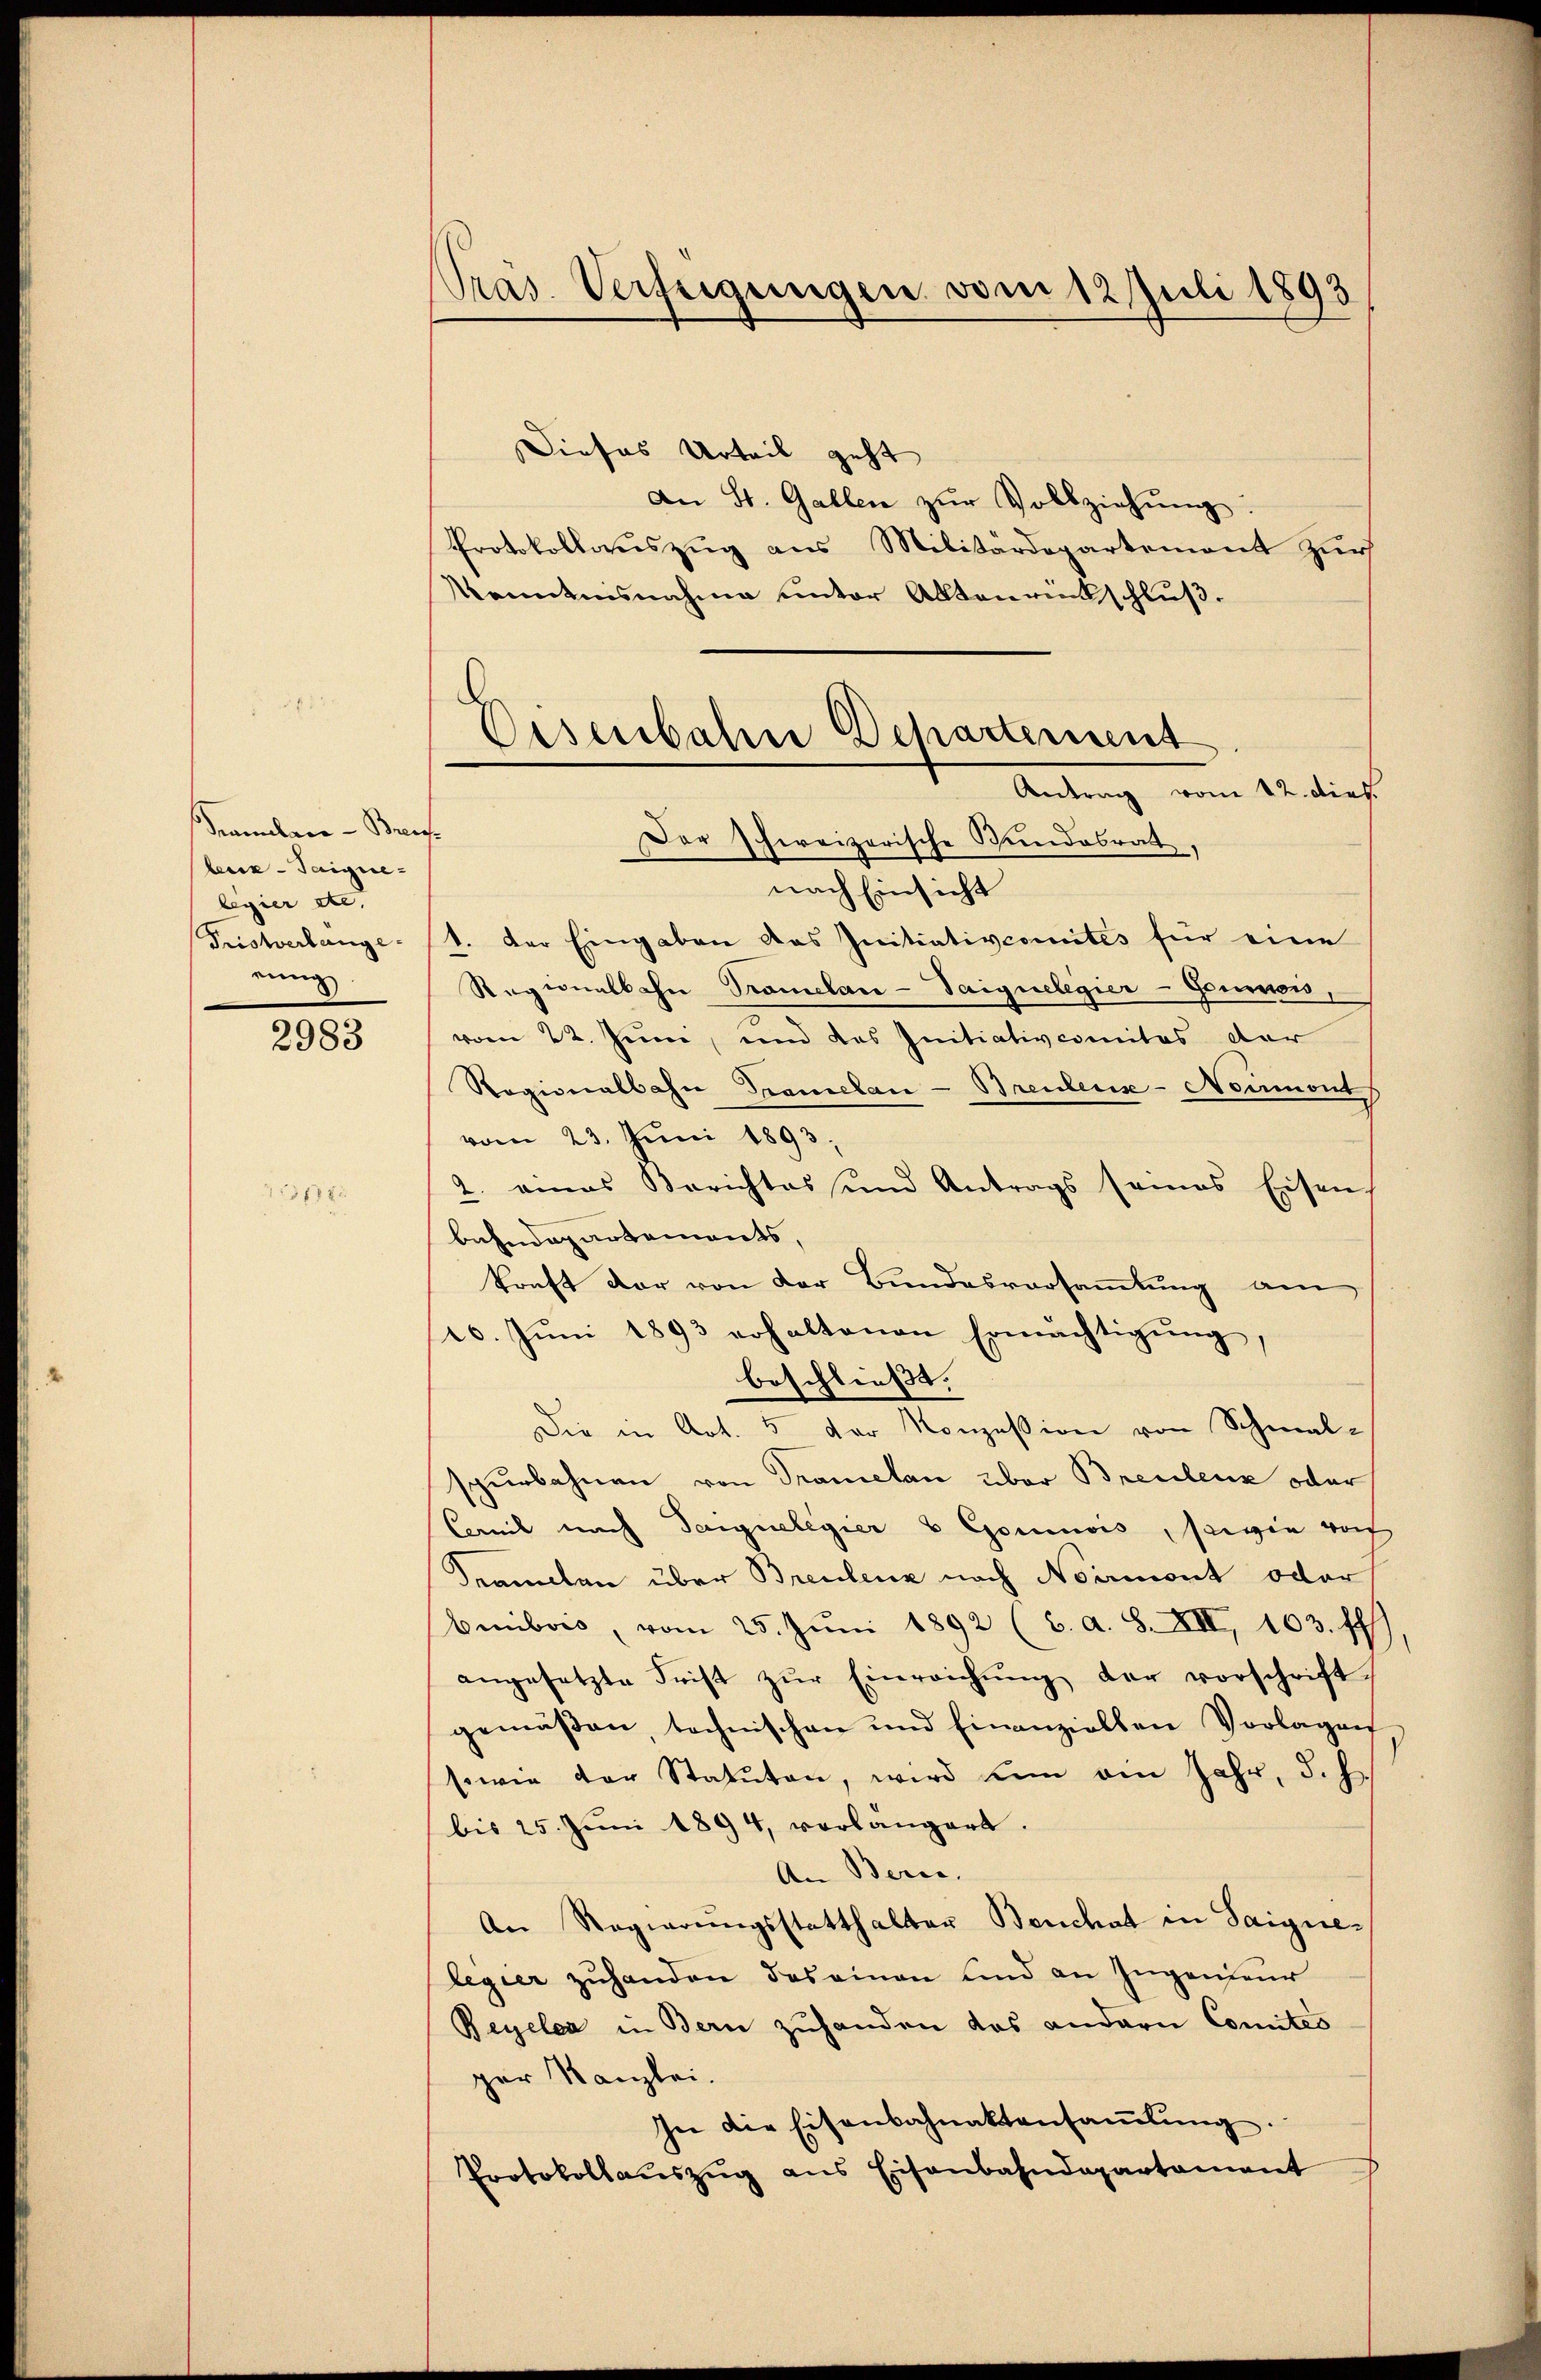
Famulare - Bruc
beise - Taignelegier etc.
Tristverlange-
rung

2983

388.

Präs. Verfügungen vom 12. Juli 1893

Dieses Urteil geht
An St. Gallen zŭr Vollziehŭng.
Protokollauszug aus Militärdepartement zur
Kenntensnahme unter Aktenrückschluß.
nach Einsicht
1. Der Eingaben das Initiativcomites für eine
Ragionalbahn Tramelan-Saiguelegier-Goumois,
vom 22. Juni, und das Initiativcomites der
Ragionalbahn Tramelan-Breuler-Noumont
vom 23. Juni 1893.
2. eines Berichtes und Antrags seines Eisen,
bahndepartements,
konft der von der Bundesvorsammlung am
10. Jŭni 1893 erhaltenen Ermächtigŭng,
beschließt.
Die in Art. 5 der Konzession von Schmal-
spurbahnen von Tramelan über Breulenz oder
Cail nach Saignelegier & Gomuois, sowie vo
Seamten über Breulenz nach Normont oder
beibris, vom 25. Jŭni 1892 (6. A. S. XII, 103. ff
angesetzte Frist zŭr Einreichŭng der vorschrift-
gemäßen, technischen und finanziellen Vorlagen
sowie der Statuten, wird um ein Jahr, d. h.
bis 25. Juni 1894, vorlängert.
An Beric
An Regierungsstatthalter Benchat in Saignelegier zuhanden das einen und an Ingenieur
Beyelca in Bern zuhanden das andern Comités
ger Kanzlei.
In die Eisenbahnaktensaṁlŭng.
Protokollaŭszŭg ans Eisenbahndepartament

Disenbahne Departement
Antrag vom 12. dies
Der Schweizerische Bundesrath,